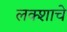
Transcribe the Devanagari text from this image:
लक्शाचे